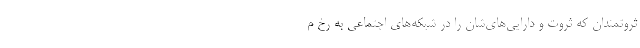
ثروتمندان که ثروت و دارایی‌های‌شان را در شبکه‌های اجتماعی به رخ م